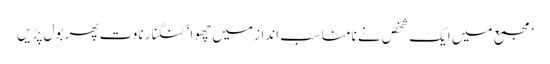
’مجمع میں ایک شخص نے نامناسب انداز میں چھوا‘کنگنا رناوت پھر بول پڑیں